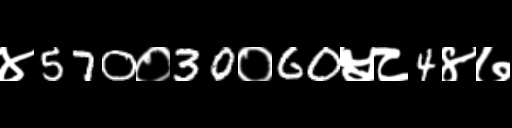
Text: ४570०30०60५८4४७